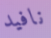
نافيد